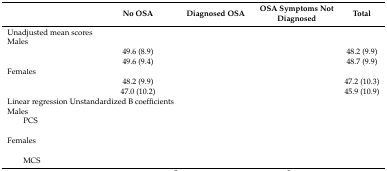
<table><thead><tr><td>[EMPTY_CELL]</td><td><b>No OSA</b></td><td><b>Diagnosed OSA</b></td><td><b>OSA Symptoms Not Diagnosed</b></td><td><b>Total</b></td></tr></thead><tbody><tr><td>Unadjusted mean scores</td><td>[EMPTY_CELL]</td><td>[EMPTY_CELL]</td><td>[EMPTY_CELL]</td><td>[EMPTY_CELL]</td></tr><tr><td>Males</td><td>[EMPTY_CELL]</td><td>[EMPTY_CELL]</td><td>[EMPTY_CELL]</td><td>[EMPTY_CELL]</td></tr><tr><td>[EMPTY_CELL]</td><td>49.6 (8.9)</td><td>[EMPTY_CELL]</td><td>[EMPTY_CELL]</td><td>48.2 (9.9)</td></tr><tr><td>[EMPTY_CELL]</td><td>49.6 (9.4)</td><td>[EMPTY_CELL]</td><td>[EMPTY_CELL]</td><td>48.7 (9.9)</td></tr><tr><td>Females</td><td>[EMPTY_CELL]</td><td>[EMPTY_CELL]</td><td>[EMPTY_CELL]</td><td>[EMPTY_CELL]</td></tr><tr><td>[EMPTY_CELL]</td><td>48.2 (9.9)</td><td>[EMPTY_CELL]</td><td>[EMPTY_CELL]</td><td>47.2 (10.3)</td></tr><tr><td>[EMPTY_CELL]</td><td>47.0 (10.2)</td><td>[EMPTY_CELL]</td><td>[EMPTY_CELL]</td><td>45.9 (10.9)</td></tr><tr><td colspan="3">Linear regression Unstandardized B coefficients</td><td>[EMPTY_CELL]</td><td>[EMPTY_CELL]</td></tr><tr><td>Males</td><td>[EMPTY_CELL]</td><td>[EMPTY_CELL]</td><td>[EMPTY_CELL]</td><td>[EMPTY_CELL]</td></tr><tr><td>PCS</td><td>[EMPTY_CELL]</td><td>[EMPTY_CELL]</td><td>[EMPTY_CELL]</td><td>[EMPTY_CELL]</td></tr><tr><td>[EMPTY_CELL]</td><td>[EMPTY_CELL]</td><td>[EMPTY_CELL]</td><td>[EMPTY_CELL]</td><td>[EMPTY_CELL]</td></tr><tr><td>Females</td><td>[EMPTY_CELL]</td><td>[EMPTY_CELL]</td><td>[EMPTY_CELL]</td><td>[EMPTY_CELL]</td></tr><tr><td>[EMPTY_CELL]</td><td>[EMPTY_CELL]</td><td>[EMPTY_CELL]</td><td>[EMPTY_CELL]</td><td>[EMPTY_CELL]</td></tr><tr><td>MCS</td><td>[EMPTY_CELL]</td><td>[EMPTY_CELL]</td><td>[EMPTY_CELL]</td><td>[EMPTY_CELL]</td></tr></tbody></table>